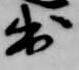
出